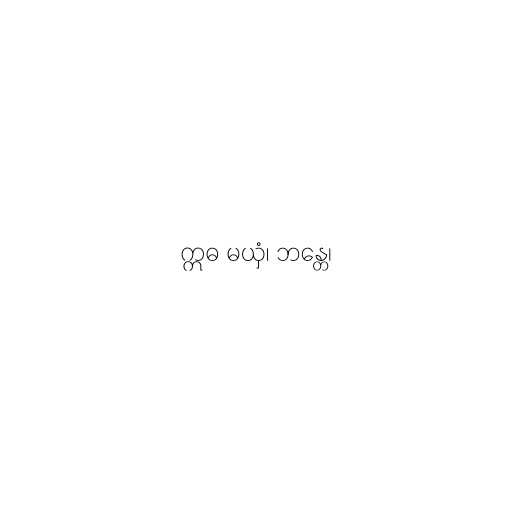
ဣဓ မယှံ၊ ဘန္တေ၊